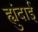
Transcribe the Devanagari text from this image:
ह्युंदाई